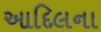
આદિલના